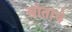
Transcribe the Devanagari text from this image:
स्त्रोताचे